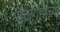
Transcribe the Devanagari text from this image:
राजगृहाच्या